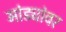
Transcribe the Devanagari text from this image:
मांड्यांवर